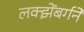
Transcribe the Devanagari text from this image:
लक्झेंबर्गने